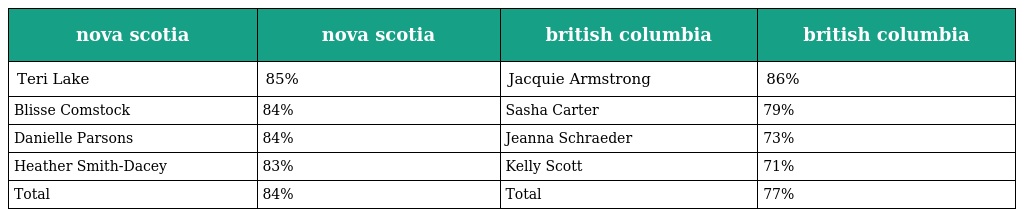
| nova scotia | nova scotia | british columbia | british columbia |
 | --- | --- | --- | --- |
 | Teri Lake | 85% | Jacquie Armstrong | 86% |
 | Blisse Comstock | 84% | Sasha Carter | 79% |
 | Danielle Parsons | 84% | Jeanna Schraeder | 73% |
 | Heather Smith-Dacey | 83% | Kelly Scott | 71% |
 | Total | 84% | Total | 77% |